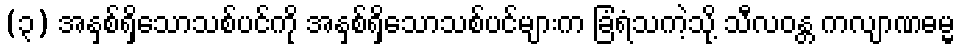
(၃) အနှစ်ရှိသောသစ်ပင်ကို အနှစ်ရှိသောသစ်ပင်များက ခြံရံသကဲ့သို့ သီလဝန္တ ကလျာဏဓမ္မ